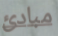
مبادئ